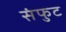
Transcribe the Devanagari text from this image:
संफुट